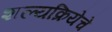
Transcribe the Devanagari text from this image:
शल्यक्रियेचे